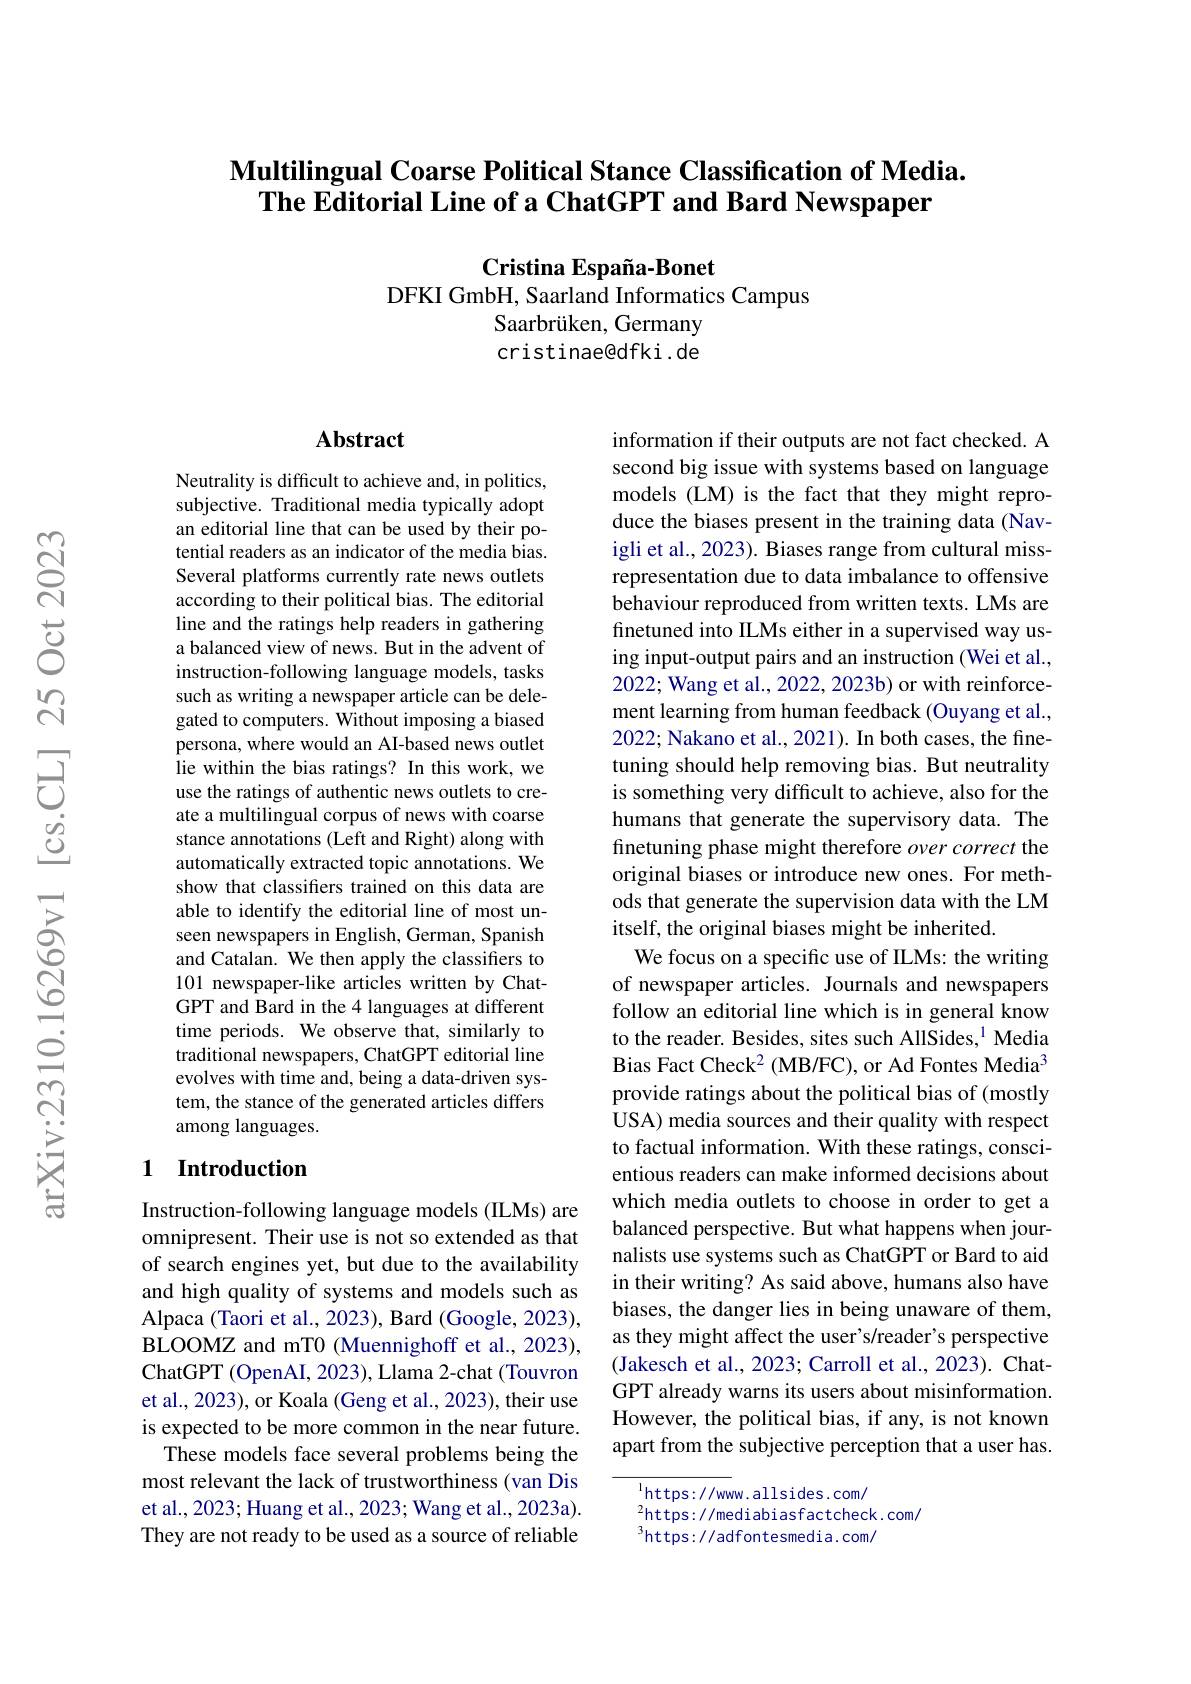
### Multilingual Coarse Political Stance Classification of Media. $\tilde{\textbf{The Editorial Line of a ChatGPT and Bard Newspaper}}$

Cristina España-Bonet
DFKI GmbH, Saarland Informatics Campus
Saarbrüken, Germany cristinaedfki.de

## Abstract

Neutrality is difficult to achieve and, in politics, subjective. Traditional media typically adopt an editorial line that can be used by their potential readers as an indicator of the media bias. Several platforms currently rate news outlets according to their political bias. The editorial line and the ratings help readers in gathering a balanced view of news. But in the advent of instruction-following language models, tasks such as writing a newspaper article can be delegated to computers. Without imposing a biased persona, where would an AI-based news outlet lie within the bias ratings? In this work, we use the ratings of authentic news outlets to create a multilingual corpus of news with coarse stance annotations (Left and Right) along with automatically extracted topic annotations. We show that classifers trained on this data are able to identify the editorial line of most unseen newspapers in English, German, Spanish and Catalan. We then apply the classifiers to 101 newspaper-like articles written by ChatGPT and Bard in the 4 languages at different time periods. We observe that, similarly to traditional newspapers, ChatGPT editorial line evolves with time and, being a data-driven system, the stance of the generated articles differs among languages.

## 1 Introduction

Instruction-following language models (ILMs) are omnipresent. Their use is not so extended as that of search engines yet, but due to the availability and high quality of systems and models such as Alpaca (Taori et al., 2023), Bard (Google, 2023), BLOOMZ and mT0 (Muennighoff et al., 2023), ChatGPT ( OpenAI, 2023) , Llama 2- chat ( Touvron) et al., 2023), or Koala (Geng et al., 2023), their use is expected to be more common in the near future.
These models face several problems being the most relevant the lack of trustworthiness (van Dis et al., 2023; Huang et al., 2023; Wang et al., 2023a). They are not ready to be used as a source of reliable

information if their outputs are not fact checked. A second big issue with systems based on language models (LM) is the fact that they might reproduce the biases present in the training data (Navigli et al., 2023). Biases range from cultural missrepresentation due to data imbalance to offensive behaviour reproduced from written texts. LMs are finetuned into ILMs either in a supervised way using input-output pairs and an instruction (Wei et al., 2022; Wang et al., 2022, 2023b) or with reinforcement learning from human feedback (Ouyang et al., 2022; Nakano et al., 2021). In both cases, the finetuning should help removing bias. But neutrality is something very difficult to achieve, also for the humans that generate the supervisory data. The finetuning phase might therefore overcorrect the original biases or introduce new ones. For methods that generate the supervision data with the LM itself, the original biases might be inherited.
We focus on a specific use of ILMs: the writing of newspaper articles. Journals and newspapers follow an editorial line which is in general know to the reader. Besides, sites such AllSides,$^{1}$Media Bias Fact Check$^2$ (MB/FC), or Ad Fontes Media$^3$ provide ratings about the political bias of (mostly USA) media sources and their quality with respect to factual information. With these ratings, conscientious readers can make informed decisions about which media outlets to choose in order to get a balanced perspective. But what happens when journalists use systems such as ChatGPT or Bard to aid in their writing? As said above, humans also have biases, the danger lies in being unaware of them, as they might affect the user's/reader's perspective (Jakesch et al., 2023; Carroll et al., 2023). ChatGPT already warns its users about misinformation. However, the political bias, if any, is not known apart from the subjective perception that a user has.

$^{1}$https://www.allsides.com/
$^{2}$https: / / mediabiasfactcheck. com/
$^3$https://adfontesmedia.com/